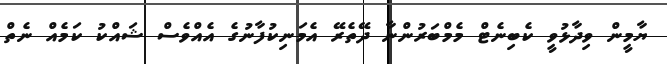
ޔާމީން ވިދާޅުވީ ކެބިނެޓް މެމްބަރުންނާ ދޭތެރޭ އެމަނިކުފާނުގެ އެއްވެސް ޝައްކު ކަމެއް ނެތް